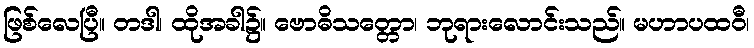
ဖြစ်လေပြီ။ တဒါ၊ ထိုအခါ၌။ ဗောဓိသတ္တော၊ ဘုရားလောင်းသည်။ မဟာပထဝီ၊